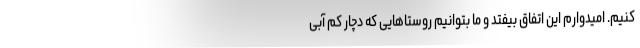
کنیم. امیدوارم این اتفاق بیفتد و ما بتوانیم روستاهایی که دچار کم آبی